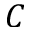
C